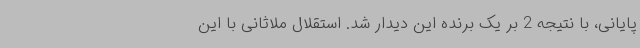
پایانی، با نتیجه 2 بر یک برنده این دیدار شد. استقلال ملاثانی با این